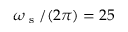
\omega _ { \textrm { s } } / ( 2 \pi ) = 2 5